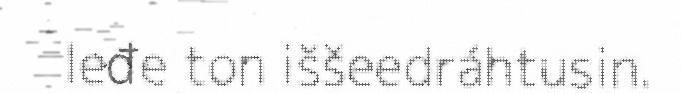
leđe ton iššeedráhtusin.